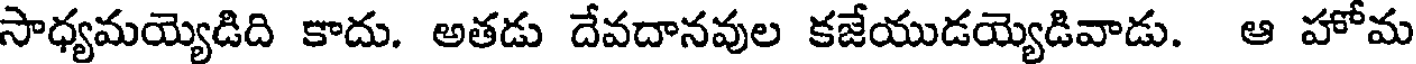
సాధ్యమయ్యెడిది కాదు. అతడు దేవదానవుల కజేయుడయ్యెడివాడు. ఆ హోమ